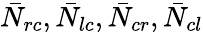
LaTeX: \bar{N}_{rc},\bar{N}_{lc},\bar{N}_{cr},\bar{N}_{cl}